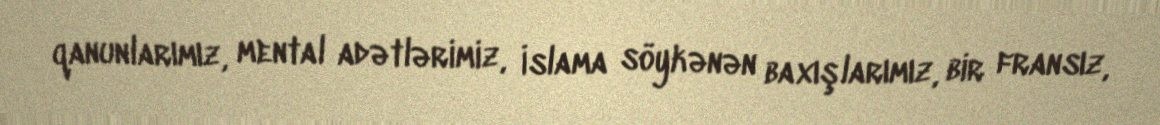
qanunlarımız, mental adətlərimiz, İslama söykənən baxışlarımız, bir fransız,